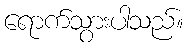
ရောက်သွားပါသည်။